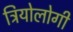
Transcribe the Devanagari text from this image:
त्रियोलोगी